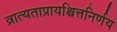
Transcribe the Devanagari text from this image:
व्रात्यताप्रायश्चित्तनिर्णय